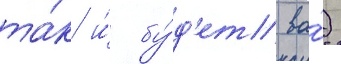
та́к и́ бу́д'ет ва́)